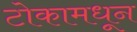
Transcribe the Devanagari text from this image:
टोकामधून